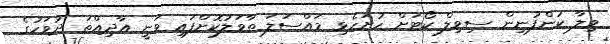
ވިލާ ކުންފުނިން ސިވިލް ކޯޓަށް ހުށަހެޅި މައްސަލަ ތާވަލުކޮށްފައި ވަނީ އާދިއްތަ ދުވަހުގެ